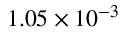
1 . 0 5 \times 1 0 ^ { - 3 }